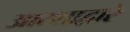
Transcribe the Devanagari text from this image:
आरशाद्वारे